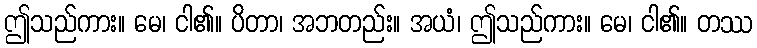
ဤသည်ကား။ မေ၊ ငါ၏။ ပိတာ၊ အဘတည်း။ အယံ၊ ဤသည်ကား။ မေ၊ ငါ၏။ တဿ